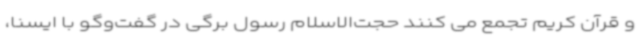
و قرآن کریم تجمع می کنند حجت‌الاسلام رسول برگی در گفت‌وگو با ایسنا،